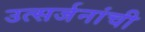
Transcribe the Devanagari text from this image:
उत्सर्जनांची